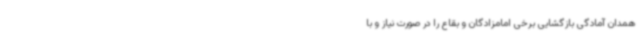
همدان آمادگی بازگشایی برخی امامزادگان و بقاع را در صورت نیاز و با